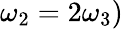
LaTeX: \omega_{2}=2\omega_{3})